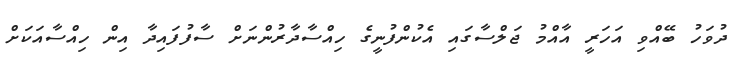
ދުވަހު ބޭއްވި އަހަރީ އާއްމު ޖަލްސާގައި އެކުންފުނީގެ ހިއްސާދާރުންނަށް ސާފުފައިދާ އިން ހިއްސާއަކަށް